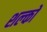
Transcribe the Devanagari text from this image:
शल्‍कों